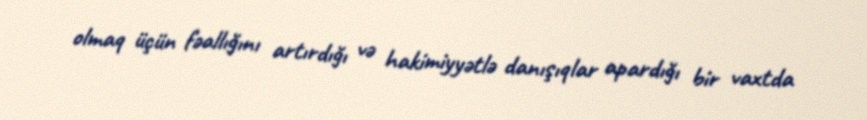
olmaq üçün fəallığını artırdığı və hakimiyyətlə danışıqlar apardığı bir vaxtda